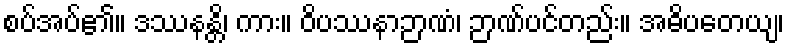
စပ်အပ်၏။ ဒဿနန္တိ၊ ကား။ ဝိပဿနာဉာဏံ၊ ဉာဏ်ပင်တည်း။ အဓိပတေယျ၊